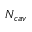
N _ { c a v }